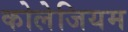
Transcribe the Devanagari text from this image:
कोलेजियम